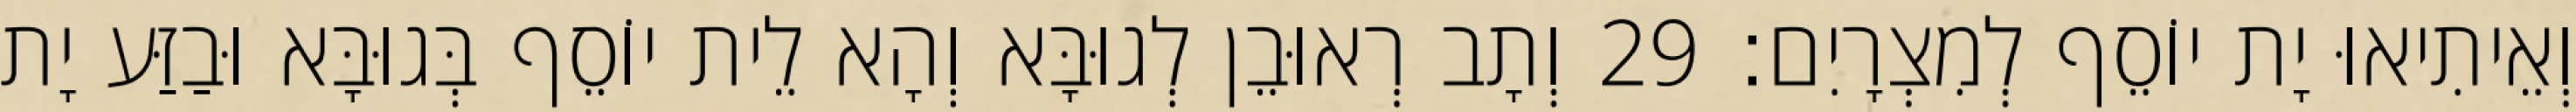
וְאֵיתִיאוּ יָת יוֹסֵף לְמִצְרָיִם׃ 29 וְתָב רְאוּבֵן לְגוּבָּא וְהָא לֵית יוֹסֵף בְּגוּבָּא וּבַזַּע יָת